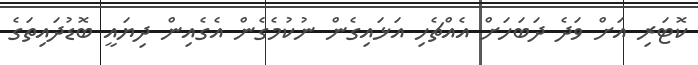
ކޮޓަރި އަށް ވަދެ ދަބަހަށް އެއްޗެހި އަޅައިގެން ނުކުމެގެން އެގެއިން ދިޔައީ ބޮޑުދައިތަގެ